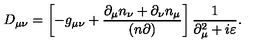
D _ { \mu \nu } = \left[ - g _ { \mu \nu } + \frac { \partial _ { \mu } n _ { \nu } + \partial _ { \nu } n _ { \mu } } { ( n \partial ) } \right] \frac { 1 } { \partial _ { \mu } ^ { 2 } + i \varepsilon } .